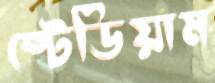
ষ্টেডিয়াম